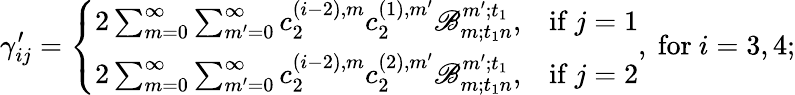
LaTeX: \gamma_{ij}^{\prime}=\left\{ \begin{array}{ll}{2\sum_{m=0}^{\infty}\sum_{m^{\prime}=0}^{\infty}c_{2}^{(i-2),m}c_{2}^{(1),m^{\prime}}\mathscr{B}_{m;t_{1}n}^{m^{\prime};t_{1}},}&{\mathrm{if~}j=1}\\ {2\sum_{m=0}^{\infty}\sum_{m^{\prime}=0}^{\infty}c_{2}^{(i-2),m}c_{2}^{(2),m^{\prime}}\mathscr{B}_{m;t_{1}n}^{m^{\prime};t_{1}},}&{\mathrm{if~}j=2}\end{array}\right.,\mathrm{~for~}i=3,4;